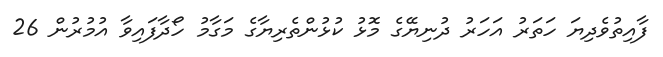
ފާއިތުވެދިޔަ ހަތަރު އަހަރު ދުނިޔޭގެ މޮޅު ކުޅުންތެރިޔާގެ މަގާމު ހޯދާފައިވާ އުމުރުން 26